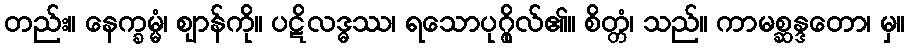
တည်း။ နေက္ခမ္မံ၊ ဈာန်ကို။ ပဋိလဒ္ဓဿ၊ ရသောပုဂ္ဂိုလ်၏။ စိတ္တံ၊ သည်။ ကာမစ္ဆန္ဒတော၊ မှ။